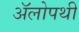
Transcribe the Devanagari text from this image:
अॅलोपथी